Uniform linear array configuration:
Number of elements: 16
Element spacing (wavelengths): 1
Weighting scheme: cosine
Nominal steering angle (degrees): -60
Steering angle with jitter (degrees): -60.033
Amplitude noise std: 0.05
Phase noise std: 0.05

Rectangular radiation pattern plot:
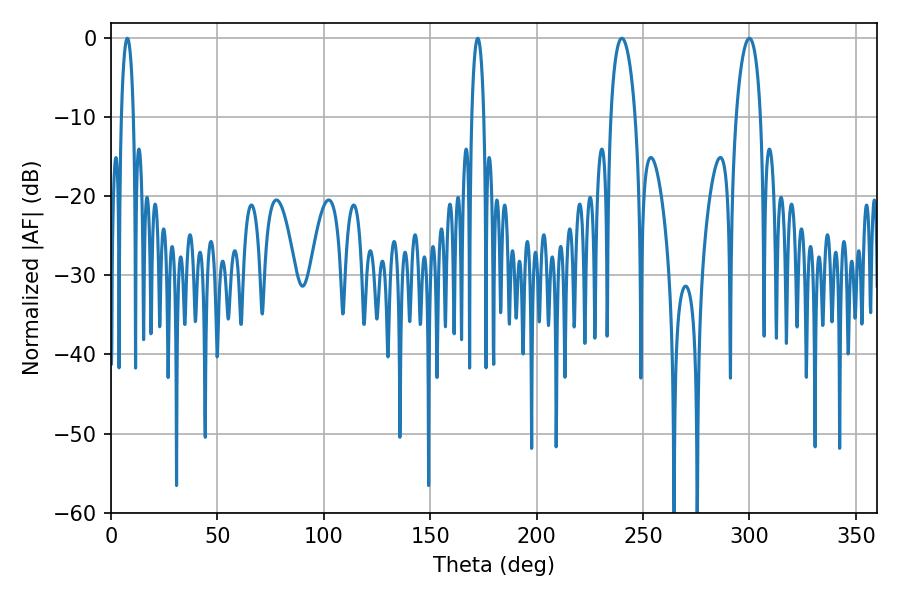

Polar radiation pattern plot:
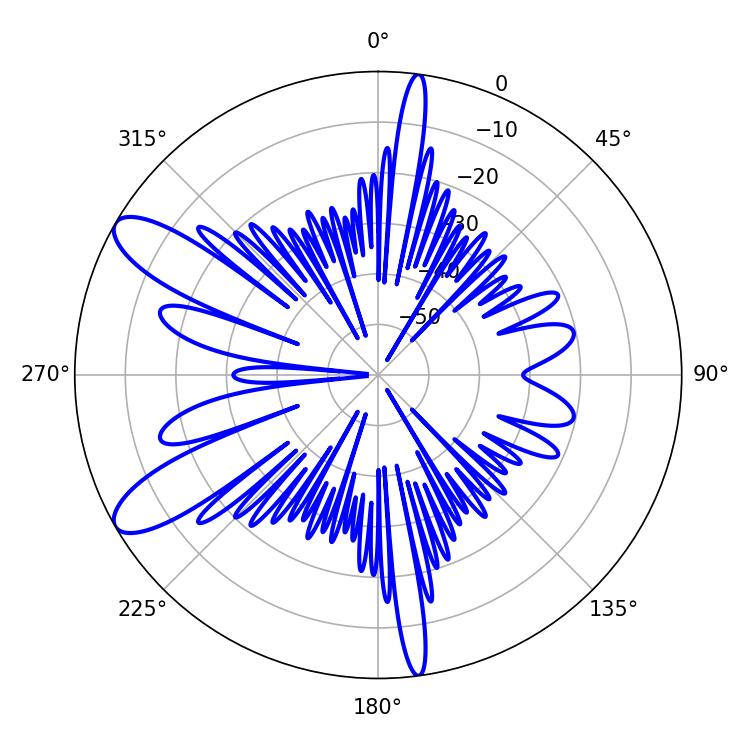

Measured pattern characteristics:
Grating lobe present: TRUE
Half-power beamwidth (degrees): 6.66
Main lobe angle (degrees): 240.12